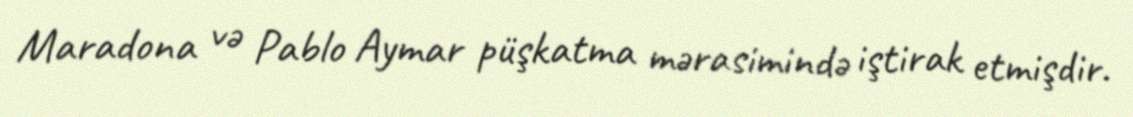
Maradona və Pablo Aymar püşkatma mərasimində iştirak etmişdir.